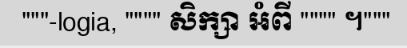
"""-logia, """" សិក្សា អំពី """" ។"""